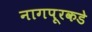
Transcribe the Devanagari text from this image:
नागपूरकडे